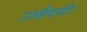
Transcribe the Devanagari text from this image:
उज्जैयनी।